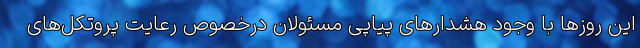
این روزها با وجود هشدارهای پیاپی مسئولان درخصوص رعایت پروتکل‌های